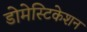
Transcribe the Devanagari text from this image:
डोमेस्टिकेशन